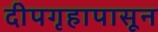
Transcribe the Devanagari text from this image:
दीपगृहापासून